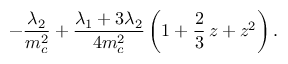
- { \frac { \lambda _ { 2 } } { m _ { c } ^ { 2 } } } + { \frac { \lambda _ { 1 } + 3 \lambda _ { 2 } } { 4 m _ { c } ^ { 2 } } } \, \bigg ( 1 + \frac 2 3 \, z + z ^ { 2 } \bigg ) \, .